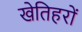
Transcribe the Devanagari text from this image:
खेतिहरों